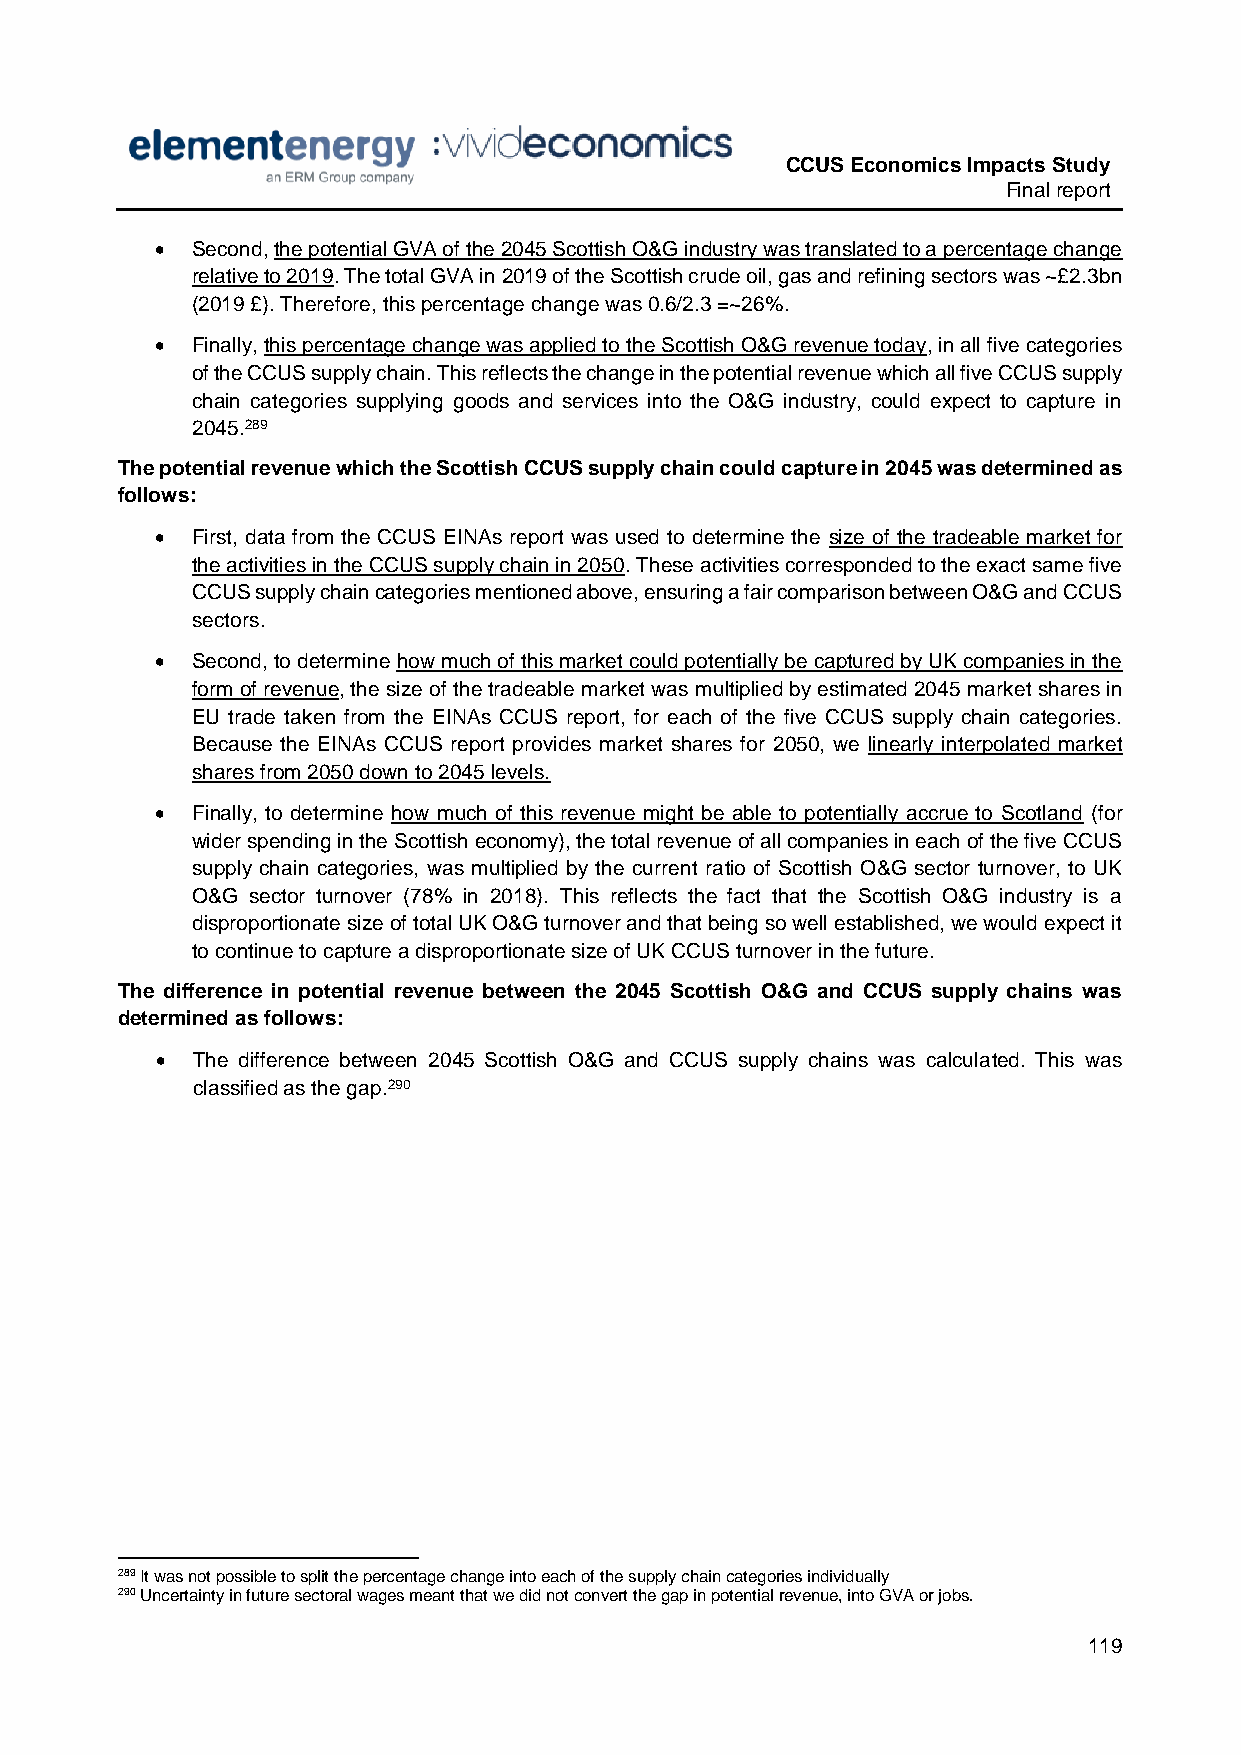
CCUS Economics Impacts Study
 Final report
   Second, the potential GVA of the 2045 Scottish O&G industry was translated to a percentage change
 relative to 2019. The total GVA in 2019 of the Scottish crude oil, gas and refining sectors was ~£2.3bn
 (2019 £). Therefore, this percentage change was 0.6/2.3 =~26%.
   Finally, this percentage change was applied to the Scottish O&G revenue today, in all five categories
 of the CCUS supply chain. This reflects the change in the potential revenue which all five CCUS supply
 chain categories supplying goods and services into the O&G industry, could expect to capture in
 2045.289
 The potential revenue which the Scottish CCUS supply chain could capture in 2045 was determined as
 follows:
   First, data from the CCUS EINAs report was used to determine the size of the tradeable market for
 the activities in the CCUS supply chain in 2050. These activities corresponded to the exact same five
 CCUS supply chain categories mentioned above, ensuring a fair comparison between O&G and CCUS
 sectors.
   Second, to determine how much of this market could potentially be captured by UK companies in the
 form of revenue, the size of the tradeable market was multiplied by estimated 2045 market shares in
 EU trade taken from the EINAs CCUS report, for each of the five CCUS supply chain categories.
 Because the EINAs CCUS report provides market shares for 2050, we linearly interpolated market
 shares from 2050 down to 2045 levels.
   Finally, to determine how much of this revenue might be able to potentially accrue to Scotland (for
 wider spending in the Scottish economy), the total revenue of all companies in each of the five CCUS
 supply chain categories, was multiplied by the current ratio of Scottish O&G sector turnover, to UK
 O&G sector turnover (78% in 2018). This reflects the fact that the Scottish O&G industry is a
 disproportionate size of total UK O&G turnover and that being so well established, we would expect it
 to continue to capture a disproportionate size of UK CCUS turnover in the future.
 The difference in potential revenue between the 2045 Scottish O&G and CCUS supply chains was
 determined as follows:
   The difference between 2045 Scottish O&G and CCUS supply chains was calculated. This was
 classified as the gap.290
 289 It was not possible to split the percentage change into each of the supply chain categories individually
 290 Uncertainty in future sectoral wages meant that we did not convert the gap in potential revenue, into GVA or jobs.
 119